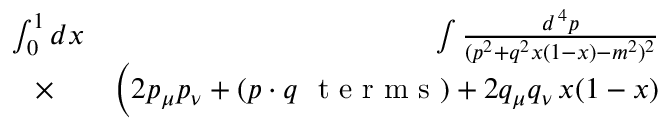
\begin{array} { r l r } { \int _ { 0 } ^ { 1 } d x \! \! \! \! \! \! } & { { } } & { \int { \frac { d ^ { \, 4 } p } { ( p ^ { 2 } + q ^ { 2 } x ( 1 - x ) - m ^ { 2 } ) ^ { 2 } } } } \\ { \times } & { { } } & { \Big ( 2 p _ { \mu } p _ { \nu } + ( p \cdot q \mathrm { ~ \ t ~ e ~ r ~ m ~ s ~ } ) + 2 q _ { \mu } q _ { \nu } \, x ( 1 - x ) } \end{array}